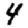
Digit: 4